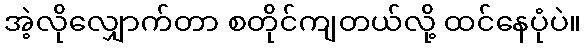
အဲ့လိုလျှောက်တာ စတိုင်ကျတယ်လို့ ထင်နေပုံပဲ။